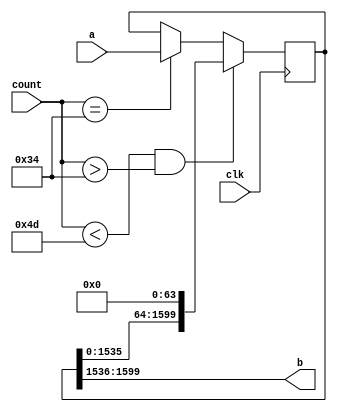
`timescale 1ns / 1ps
//////////////////////////////////////////////////////////////////////////////////
// Company: 
// Engineer: 
// 
// Design Name: 
// Module Name: PISO
// Project Name: 
// Target Devices: 
// Tool Versions: 
// Description: 
// 
// Dependencies: 
// 
// Revision:
// Revision 0.01 - File Created
// Additional Comments:
// 
//////////////////////////////////////////////////////////////////////////////////


module PISO(a,b,clk,count

    );
    input [1599:0] a;input clk; input [6:0] count;
    output  [63:0] b;reg [1599:0]c;
   assign b=c[1599:1536];
   always@(posedge clk)
   begin
        if(count ==52)
        c<=a;
      if(count<77&&count>52)
      begin
           c<={c[1535:0],64'd0};
      end  
   end
endmodule